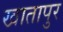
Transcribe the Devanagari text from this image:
खातापुर